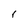
Character: r